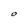
Character: O